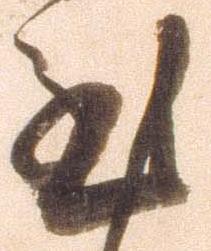
至